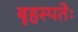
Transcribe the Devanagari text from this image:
बृहस्पतेः